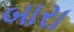
બારા